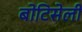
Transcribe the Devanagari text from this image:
बोटिसेली